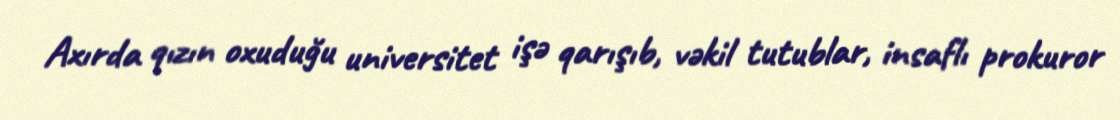
Axırda qızın oxuduğu universitet işə qarışıb, vəkil tutublar, insaflı prokuror